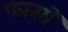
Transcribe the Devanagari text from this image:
फानसे